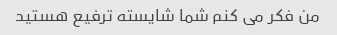
من فکر می کنم شما شایسته ترفیع هستید